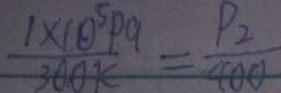
\frac { 1 \times 1 0 ^ { 5 } P a } { 3 0 0 k } = \frac { P _ { 2 } } { 4 0 0 }